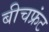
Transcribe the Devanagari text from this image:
बीचफ्रंट